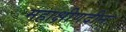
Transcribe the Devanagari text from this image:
महाक्षीणदीनः